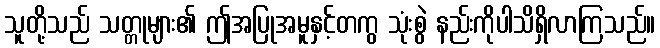
သူတို့သည် သတ္တုများ၏ ဤအပြုအမူနှင့်တကွ သုံးစွဲ နည်းကိုပါသိရှိလာကြသည်။